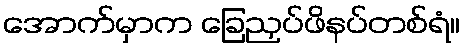
အောက်မှာက ခြေညှပ်ဖိနပ်တစ်ရံ။